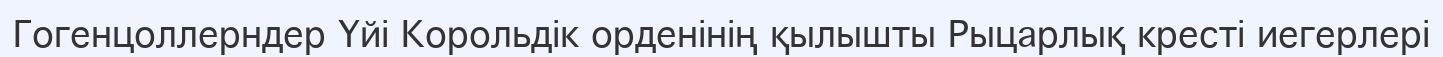
Гогенцоллерндер Үйі Корольдік орденінің қылышты Рыцарлық кресті иегерлері